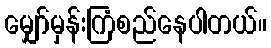
မျှော်မှန်းကြံစည်နေပါတယ်။